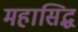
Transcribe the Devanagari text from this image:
महासिद्ध